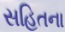
સહિતના